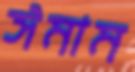
ঈমাম